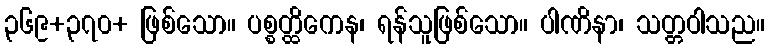
၃၆၉+၃၇၀+ ဖြစ်သော။ ပစ္စတ္ထိကေန၊ ရန်သူဖြစ်သော။ ပါဏိနာ၊ သတ္တဝါသည။